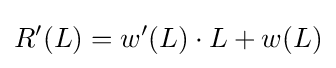
R'(L)=w'(L)\cdot L+w(L)